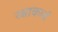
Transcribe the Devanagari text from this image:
रक्षाकार्य